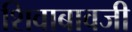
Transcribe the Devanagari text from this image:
शिवाबावजी